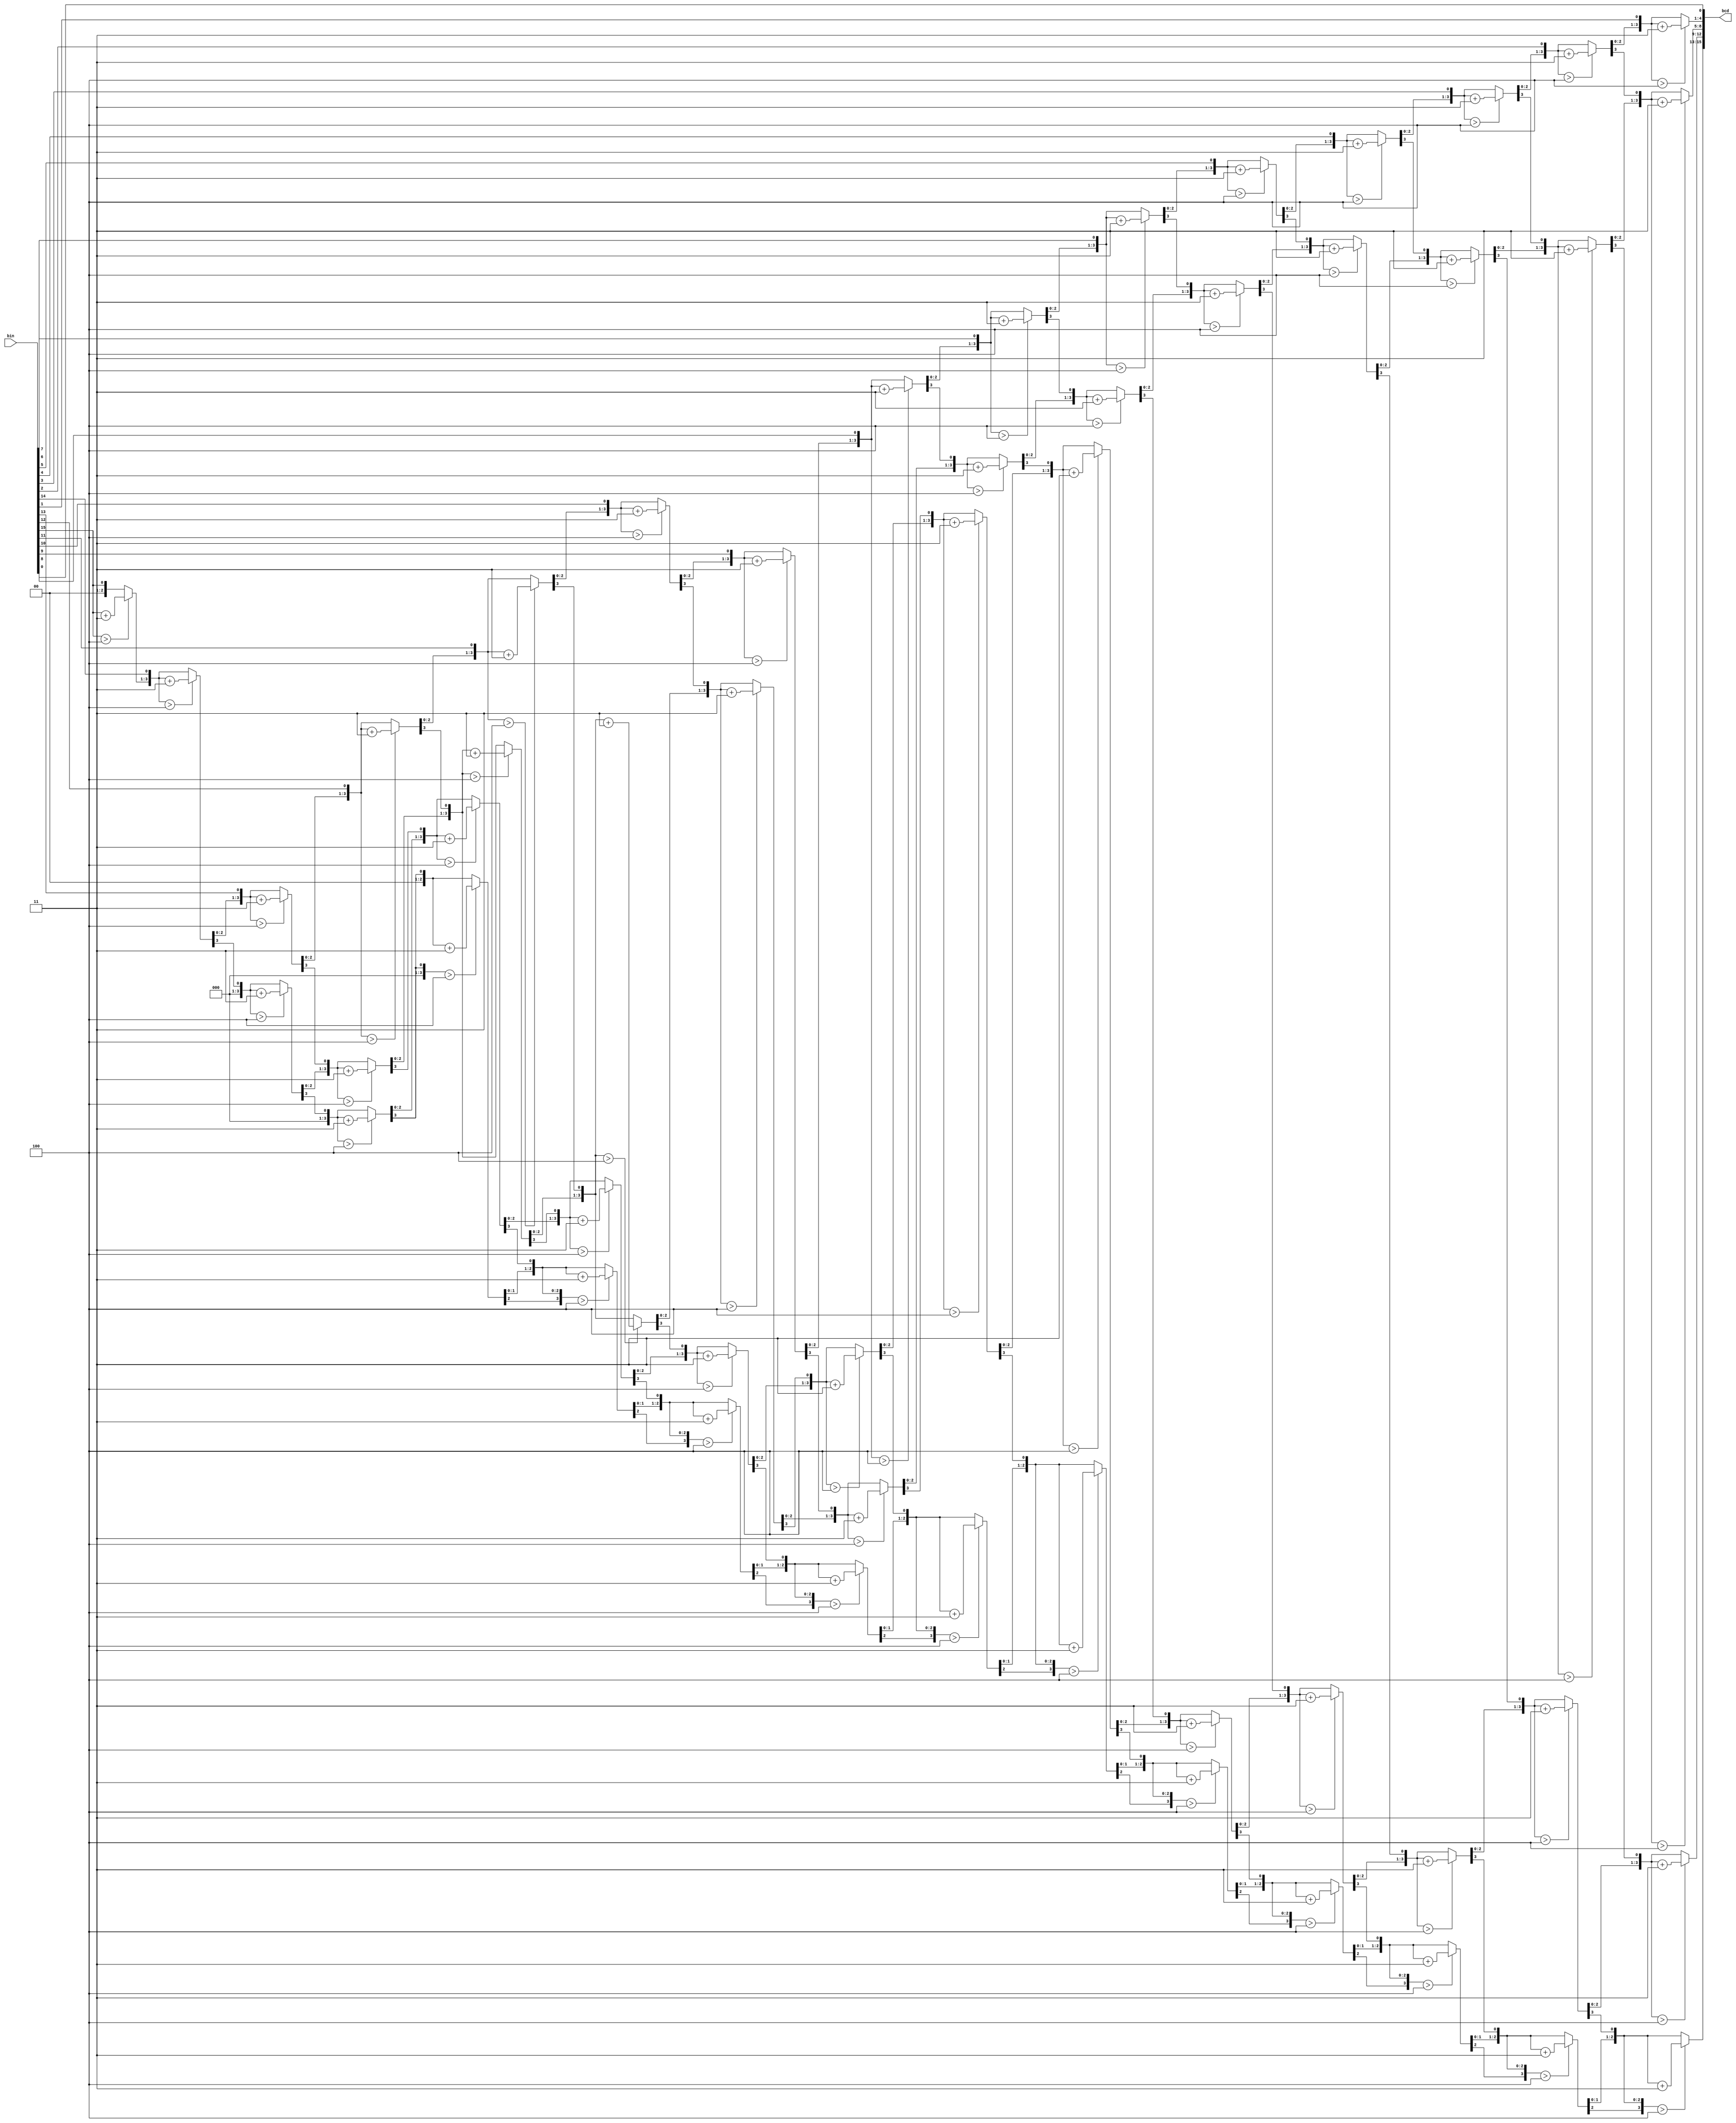
module dbldbl(
input [15:0] bin,
output reg [15:0] bcd
);
    
//Internal variables
reg [4:0] i;

    //Always block - implement the Double Dabble algorithm
always @(bin) begin
bcd = 0; //initialize bcd to zero.

for (i = 0; i < 16; i = i+1) 
begin
   bcd = {bcd[14:0],bin[15-i]}; //concatenation
	//if a hex digit of 'bcd' is more than 4, add 3 to it.  
	if(i < 15 && bcd[3:0] > 4) bcd[3:0] = bcd[3:0] + 3;
	if(i < 15 && bcd[7:4] > 4) bcd[7:4] = bcd[7:4] + 3;
	if(i < 15 && bcd[11:8] > 4) bcd[11:8] = bcd[11:8] + 3;  
	if(i < 15 && bcd[15:12] > 4)bcd[15:12] = bcd[15:12] + 3;
end
end     
endmodule